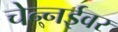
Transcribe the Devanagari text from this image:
चेन्नईवर